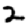
Digit: 2